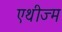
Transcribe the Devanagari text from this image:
एथीज्म